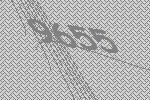
9655